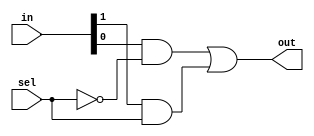
`timescale 1ns/1ps
module Mux21(out, in, sel);
    input [1:0] in;
    input wire sel;
    output wire out;
    
    wire a, b, c;
    not not0(a, sel);//not sel
    and and0(b, in[0], a);//sekect the first input if not sel
    and and1(c, in[1], sel); //select the second input if sel
    or or0(out, b,c);
endmodule